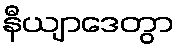
နီယျာဒေတွာ